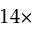
1 4 \times